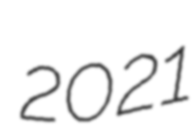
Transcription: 2021